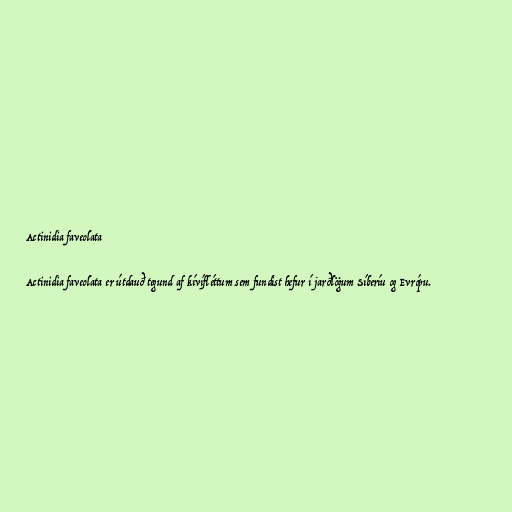
Actinidia faveolata

Actinidia faveolata er útdauð tegund af kívífléttum sem fundist hefur í jarðlögum Síberíu og Evrópu.